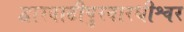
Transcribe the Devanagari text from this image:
द्वारवाटीपुरवारधीश्वर